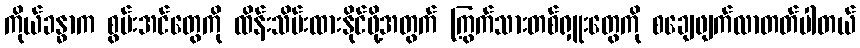
ကိုယ်ခန္ဓာက စွမ်းအင်တွေကို ထိန်းသိမ်းထားနိုင်ဖို့အတွက် ကြွက်သားတစ်ရှူးတွေကို စချေဖျက်လာတတ်ပါတယ်